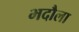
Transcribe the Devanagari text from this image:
भदौला